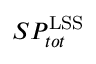
S P _ { t o t } ^ { \mathrm { L S S } }